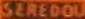
SEREDOU